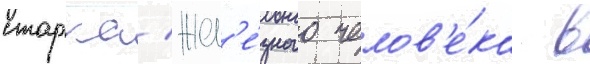
старка/ жел'е́зного челов'е́ка в